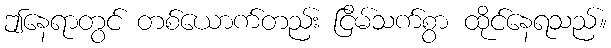
ဤနေရာတွင် တစ်ယောက်တည်း ငြိမ်သက်စွာ ထိုင်နေရသည်။